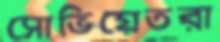
সোভিয়েতরা